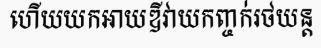
ហើយយកអាយឌីវាយកញ្ចក់រថយន្ត